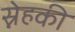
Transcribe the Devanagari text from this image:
स्नेहकी